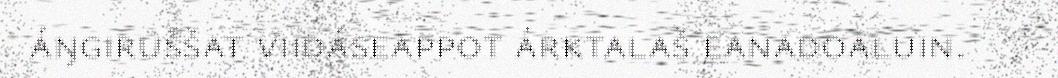
áŋgiruššat viidáseappot árktalaš eanadoaluin.